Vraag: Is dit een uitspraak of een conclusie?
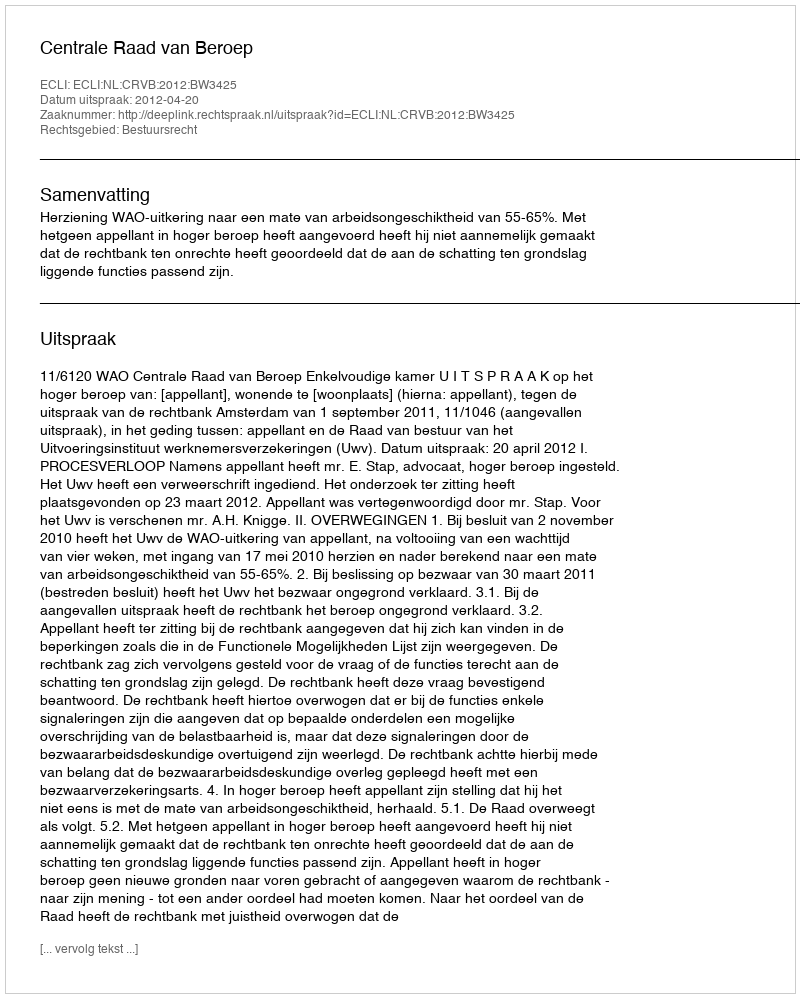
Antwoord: Uitspraak